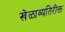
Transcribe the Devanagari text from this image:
खेळाव्यतिरीक्त